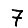
Digit: 7